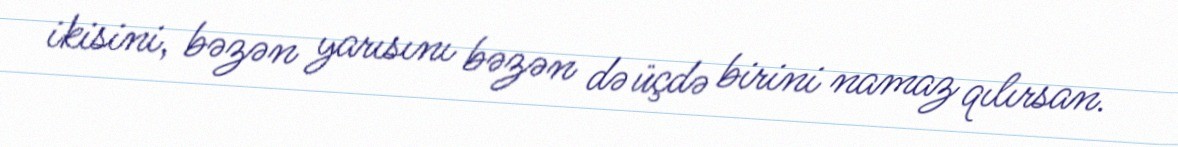
ikisini, bəzən yarısını bəzən də üçdə birini namaz qılırsan.